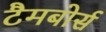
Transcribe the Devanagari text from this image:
टैमबोर्स